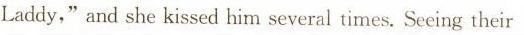
Laddy,” and she kissed him several times. Seeing their